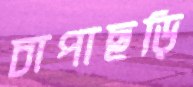
চাপাছড়ি